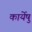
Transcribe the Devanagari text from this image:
कार्येषु